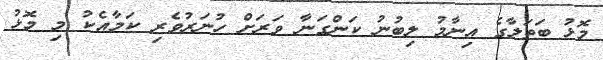
މޮޅު ބަތަލާގެ އިނާމު ލިބުނު ކަންގަނާ ވަރަށް ހުނަރުވެރި ކަމާއެކު މި މޮޅު